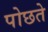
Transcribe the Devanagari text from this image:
पोछते